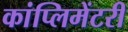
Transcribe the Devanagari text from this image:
कांप्लिमेंटरी